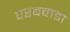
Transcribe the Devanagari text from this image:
परबवाडा